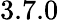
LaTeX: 3.7.0